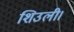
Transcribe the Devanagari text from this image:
शिउली।